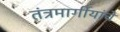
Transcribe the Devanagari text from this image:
तंत्रमार्गीयांचे